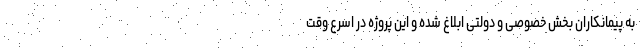
به پیمانکاران بخش خصوصی و دولتی ابلاغ شده و این پروژه در اسرع وقت